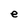
Character: e